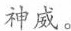
神威。